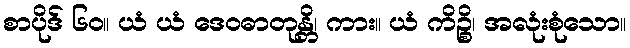
စာပိုဒ် ၆၀။ ယံ ယံ ဒေဝဓာတုန္တိ၊ ကား။ ယံ ကိဉ္စိ၊ အလုံးစုံသော။